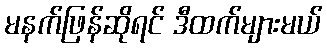
မနက်ဖြန်ဆိုရင် ဒီထက်များမယ်